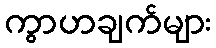
ကွာဟချက်များ